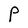
Character: P